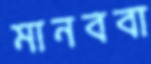
মানববা